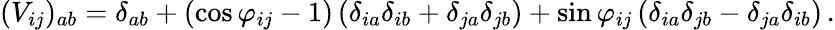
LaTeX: (V_{ij})_{ab}=\delta_{ab}+\left(\cos{\varphi_{ij}}-1\right)\left(\delta_{ia}\delta_{ib}+\delta_{ja}\delta_{jb}\right)+\sin{\varphi_{ij}}\left(\delta_{ia}\delta_{jb}-\delta_{ja}\delta_{ib}\right)\, .